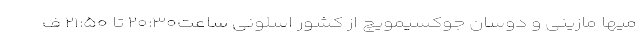
میها مازینی و دوسان جوکسیمویچ از کشور اسلونی ساعت۲۰:۳۰ تا ۲۱:۵۰ ف